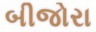
બીજોરા